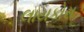
લાયકોસ